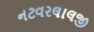
નટવરલાલજી